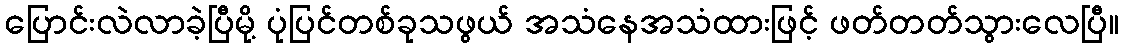
ပြောင်းလဲလာခဲ့ပြီမို့ ပုံပြင်တစ်ခုသဖွယ် အသံနေအသံထားဖြင့် ဖတ်တတ်သွားလေပြီ။